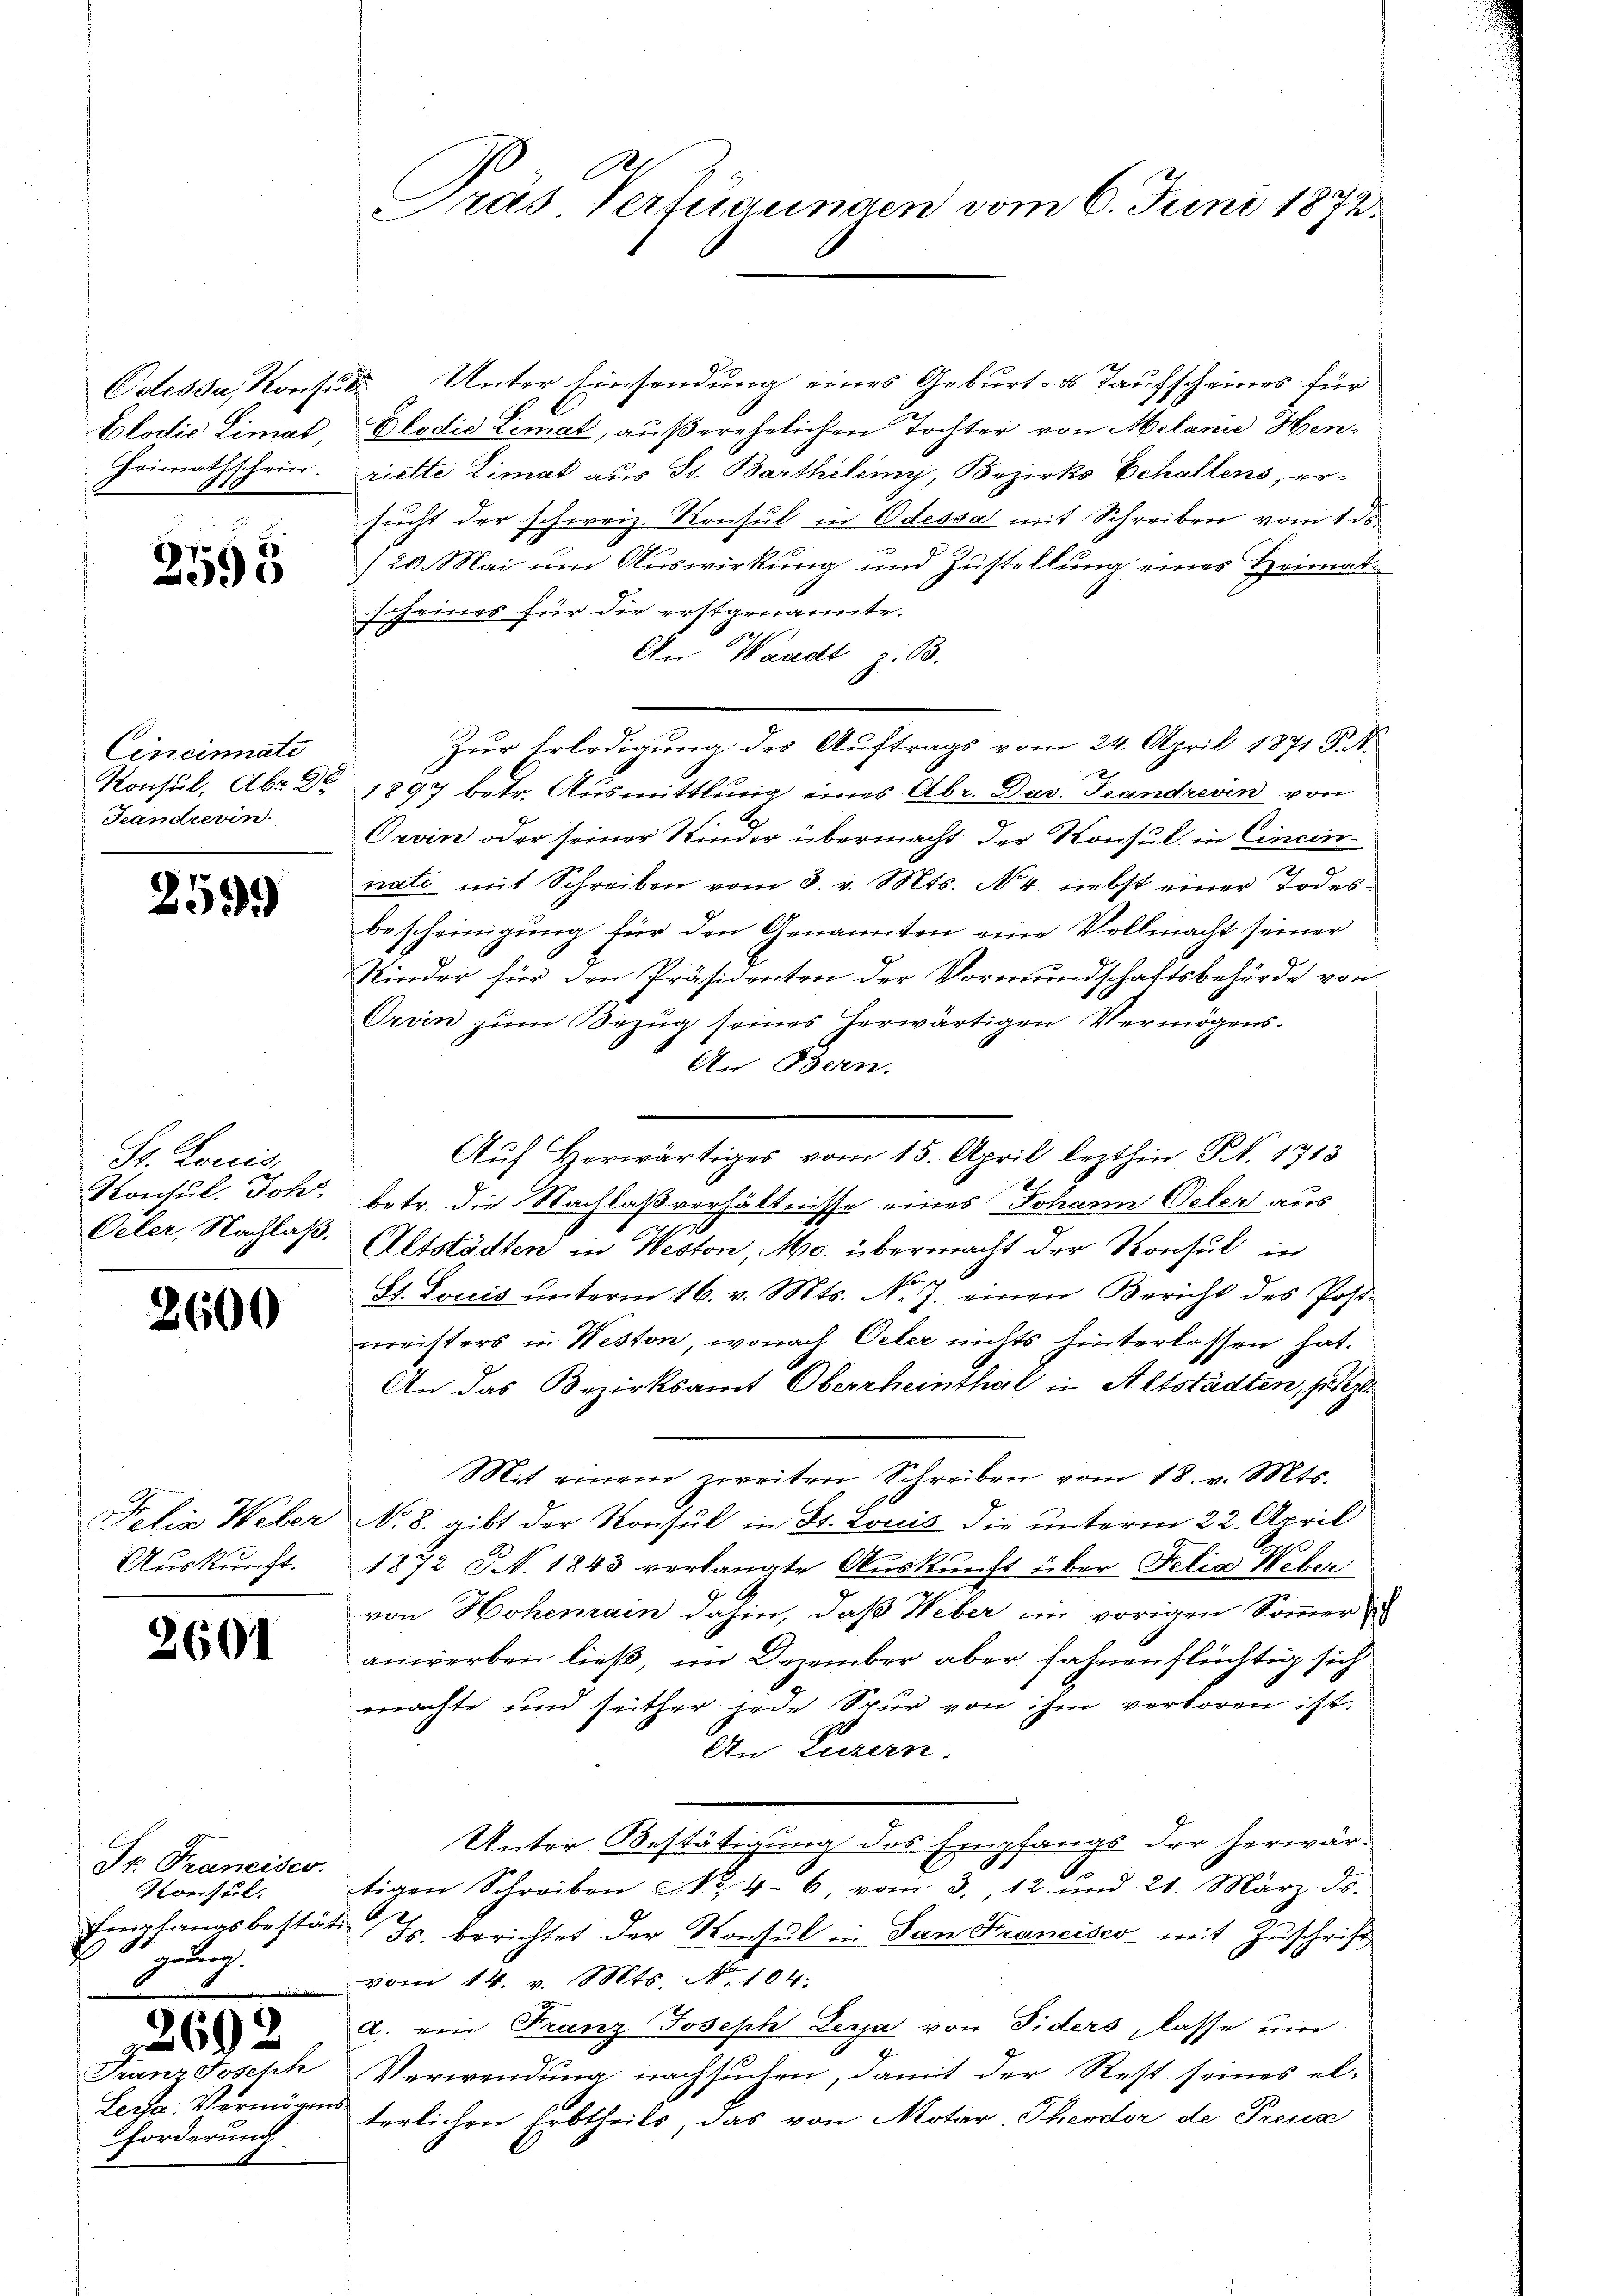
2598

Cincinati
Teandrevin

259.

St. Louis,

2600

Auskunft.

2601

Dr. Franciser.
Konsul
Empfangsbestäti
Hebung.
2692
Lessa. Vermögens-
Forderung
e

Odessa, Konsul Unter Einsendung eines Geburt - u. Taufscheines für
Elodić Limat, Elodie Limat, außerehelichen Tochter von Melanie Hen¬
Heimathschein. riette Limat aus St. Barthilemy, Bezirks Echallens, ersucht der schweiz. Konsul in Odessa mit Schreiben vom 1 ds.
/20. Mai um Auswirkung und Zustellung eines Heimatscheines für die erstgenannte.
h
An Waadt z. B.
Zur Erledigung des Auftrags vom 24. April 1871 S.
x
Konsul, Abr. Dr 1897 betr. Ausmittlung eines Abr. Dav. Teandrevin von
Orvin oder seiner Kinder übermacht der Konsul in Cincinnati mit Schreiben vom 3. v. Mts. N. 4. nebst einer Todesbescheinigung für den Arnannten eine Vollmacht seiner
Kinder für den Präsidenten der Vormundschaftsbehörde von
Orvin zum Bezug seines herwärtigen Vermögens¬
An Bern.
Aŭf herwärtiges vom 15. April lezthin Nr. 1713
Kontul. Joh. betr. die Nachlaßverhältnisse eines Johann Oeler aus
.
Oeler, Nachlaß. Altstädten in Neston, Mo. übermacht der Konsul in
St. Louis unterm 16. v. Mts. No. J. einen Bericht des Postmeisters in Weston, wonach Oeler nichts hinterlassen hat.
An das Bezirksamt Oberrheinthal in Altstädten, setz
Mit einem zweiten Schreiben vom 18. v. Mts.
Filia Weber No. 8. gibt der Konsul in St. Louis die unterm 22. April
1872 NN. 1843 verlangte Auskunft über Felia Weber
von Hohenrain dahin, daß Weber im vorigen Sommer
anwerben ließ, im Dezember aber fahrenflüchtig sich
machte und seither jede Spur von ihm verkoren ist.
An Luzern.
Unter Bestätigung des Empfangs der herwär¬
O
tigen Schreiben u. S. 46, vom 3., 12. und 21. März ds.
Js. berichtet der Konsul in San Francisco mit Zuschrift
vom 14. v. Mts. N. 104.
a. ein Franz Joseph Leya von Fiders, lasse um
Franz Joseph Verwendung nachsuchen, damit der Rest seines el-
terlichen Erbtheils, das von Motar. Theodor de Preuz

Gras Verfügungen vom 6. Juni 1872